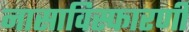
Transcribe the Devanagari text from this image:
नासाविस्फारणी